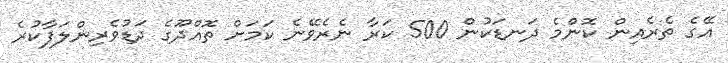
އޭގެ ތެރެއިން ކޮންމެ ދަނޑަކުން 500 ކަރާ ނެރެވޭނެ ކަމަށް ތޮއްދޫގެ ދަޑުވެރިންލަފާކުރެ